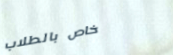
خاص بالطلاب